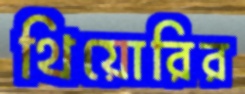
থিয়োরির